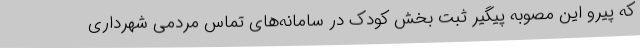
که پیرو این مصوبه پیگیر ثبت بخش کودک در سامانه‌های تماس مردمی شهرداری